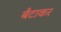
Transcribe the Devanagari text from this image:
बँटाकर